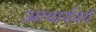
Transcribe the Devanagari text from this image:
आचार्यवर्य